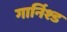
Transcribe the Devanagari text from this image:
गार्निश्ड